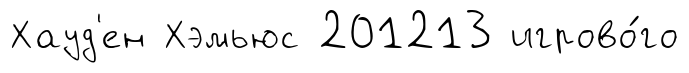
Хауд'ен Хэмьюс 201213 игрово́го